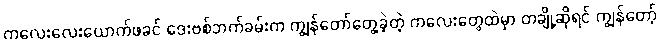
ကလေးလေးယောက်ဖခင် ဒေးဗစ်ဘက်ခမ်းက ကျွန်တော်တွေ့ခဲ့တဲ့ ကလေးတွေထဲမှာ တချို့ဆိုရင် ကျွန်တော့်